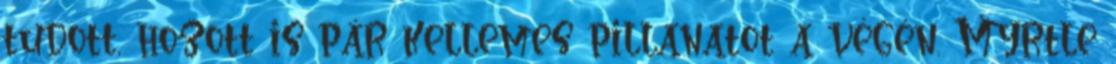
tudott, hozott is pár kellemes pillanatot a végén. Myrtle